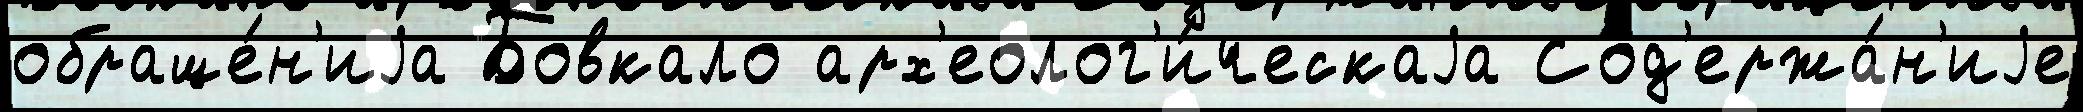
обраще́н'иjа Бовкало арх'еолог'и́ческаjа Сод'ержа́н'иjе